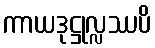
ကာယဒုဋ္ဌုလ္လဿပိ